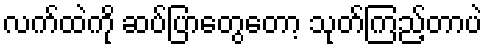
လက်ထဲကို ဆပ်ပြာတွေတော့ သုတ်ကြည့်တာပဲ